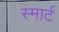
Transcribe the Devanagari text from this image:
स्‍मार्ट